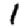
Digit: 1